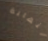
لنهاية